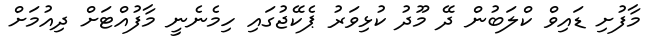
މާފުށި ޑައިވް ކްލަބުން ދޭ މޫދު ކުޅިވަރު ޕެކޭޖުގައި ހިމެނެނީ މާފުއްޓަށް ދިއުމަށް